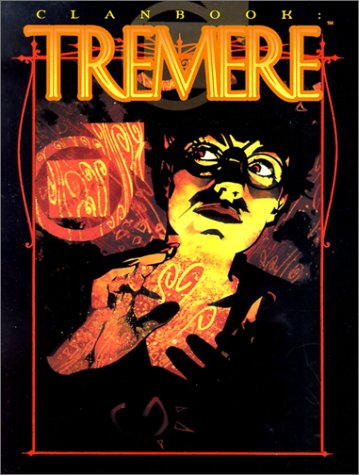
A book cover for Clanbook: Tremere (Vampire: The Masquerade); Jess Heinig; Science Fiction & Fantasy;